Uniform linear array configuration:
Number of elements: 64
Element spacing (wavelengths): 1
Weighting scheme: hann
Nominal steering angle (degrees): -45
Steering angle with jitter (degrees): -44.412
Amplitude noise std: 0.05
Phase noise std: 0.05

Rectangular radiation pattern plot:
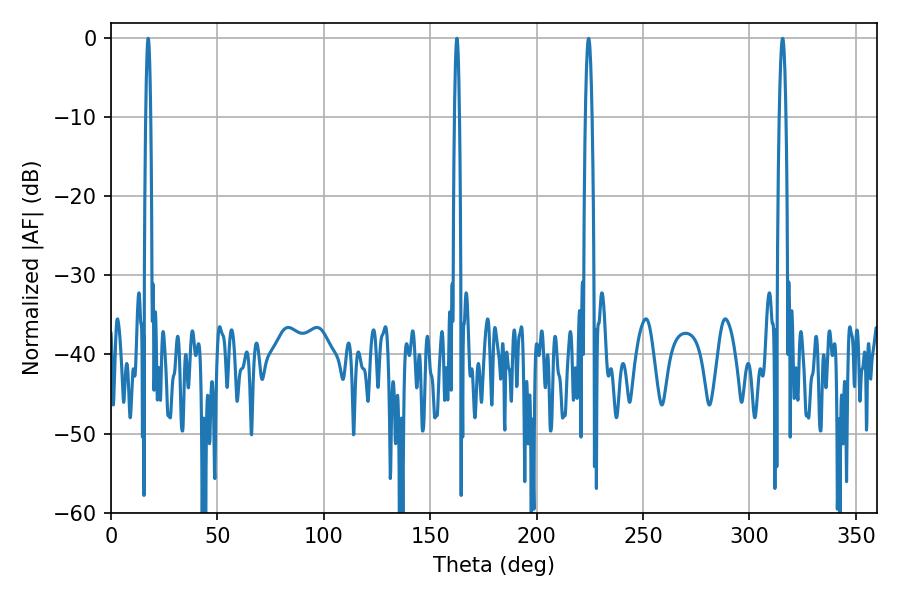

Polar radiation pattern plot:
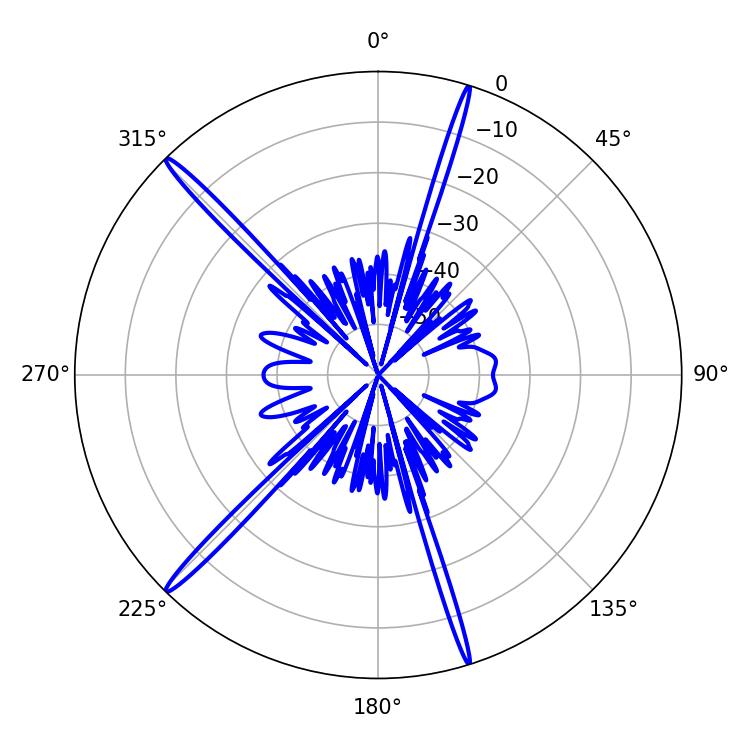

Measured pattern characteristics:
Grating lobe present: TRUE
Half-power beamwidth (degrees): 1.08
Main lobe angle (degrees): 17.46